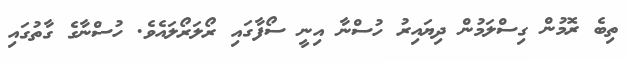
ތިބެ ރޮމުން ގިސްލަމުން ދިޔައިރު ހުސްނާ އިނީ ސޯފާގައި ރޯލަރޯލައެވެ. ހުސްނާގެ ގާތުގައި